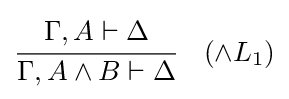
{\cfrac {\Gamma ,A\vdash \Delta }{\Gamma ,A\land B\vdash \Delta }}\quad ({\land }L_{1})